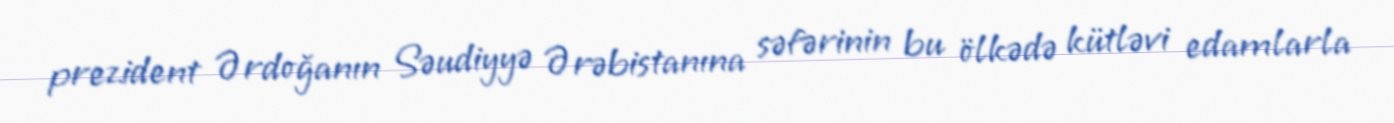
prezident Ərdoğanın Səudiyyə Ərəbistanına səfərinin bu ölkədə kütləvi edamlarla